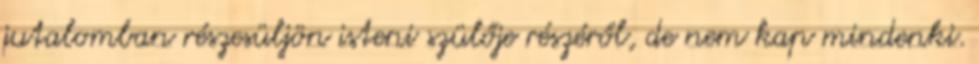
jutalomban részesüljön isteni szülője részéről, de nem kap mindenki.